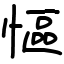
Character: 慪